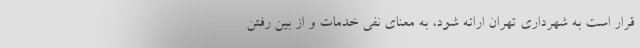
قرار است به شهرداری تهران ارائه شود، به معنای نفی خدمات و از بین رفتن